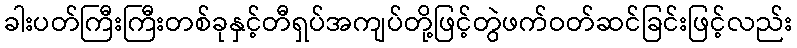
ခါးပတ်ကြီးကြီးတစ်ခုနှင့်တီရှပ်အကျပ်တို့ဖြင့်တွဲဖက်ဝတ်ဆင်ခြင်းဖြင့်လည်း